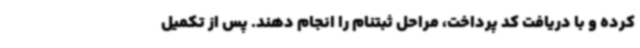
کرده و با دریافت کد پرداخت، مراحل ثبتنام را انجام دهند. پس از تکمیل